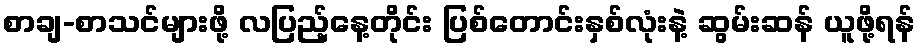
စာချ-စာသင်များဖို့ လပြည့်နေ့တိုင်း ပြစ်တောင်းနှစ်လုံးနဲ့ ဆွမ်းဆန် ယူဖို့ရန်